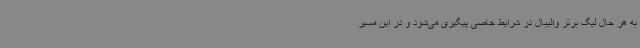
به هر حال لیگ برتر والیبال در شرایط خاصی پیگیری می‌شود و در این مسیر